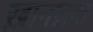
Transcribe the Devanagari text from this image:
ख़ानज़दा